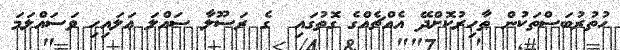
ހުތުރުބަސްތަކުން ޠާހިރުކޮށްދޭ އެއްޗެއްގެ ގޮތުގައި  ގެ ރަސޫލާ ޞައްލަ ޢަލައިހި ވަސައްލަމަ